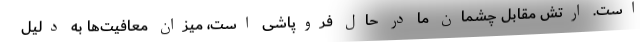
است. ارتش مقابل چشمان ما در حال فروپاشی است، میزان معافیت‌ها به دلیل